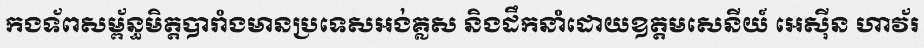
កងទ័ពសម្ព័ន្ធមិត្តបារាំងមានប្រទេសអង់គ្លស និងដឹកនាំដោយឧត្តមសេនីយ៍ អេស៊ីន ហាវ័រ